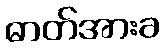
ဓာတ်အားခ